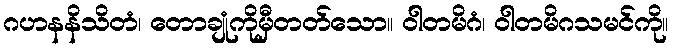
ဂဟနနိသိတံ၊ တောချုံကိုမှီတတ်သော။ ဝါတမိဂံ၊ ဝါတမိဂသမင်ကို။